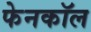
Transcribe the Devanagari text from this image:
फेनकॉल